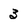
Character: 3